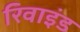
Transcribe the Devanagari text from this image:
रिवाइंड